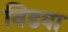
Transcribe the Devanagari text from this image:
निडवा